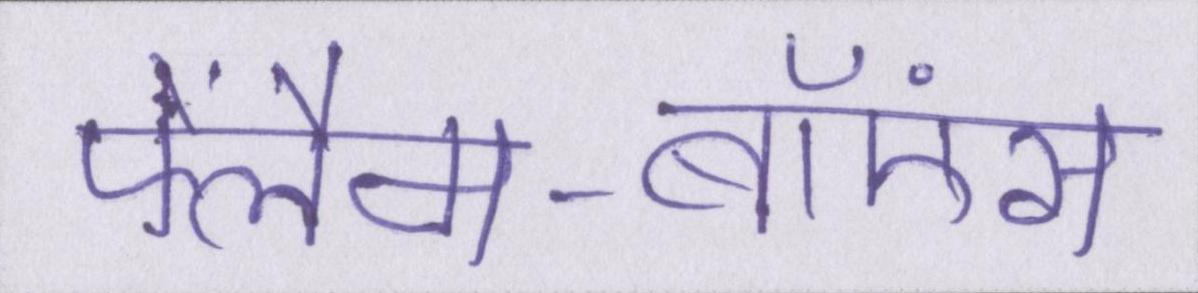
फ्लैम-बॉएंस